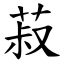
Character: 菽